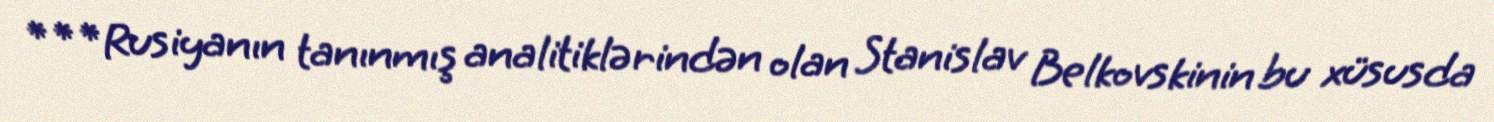
***Rusiyanın tanınmış analitiklərindən olan Stanislav Belkovskinin bu xüsusda